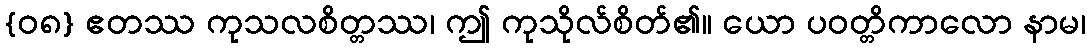
{၀၈} ဧတဿ ကုသလစိတ္တဿ၊ ဤ ကုသိုလ်စိတ်၏။ ယော ပဝတ္တိကာလော နာမ၊